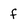
Character: f